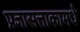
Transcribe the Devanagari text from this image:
प्रजासत्ताकामधे